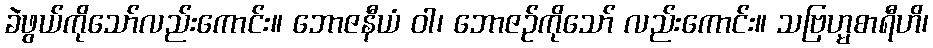
ခဲဖွယ်ကိုသော်လည်းကောင်း။ ဘောဇနီယံ ဝါ၊ ဘောဇဉ်ကိုသော် လည်းကောင်း။ သဗြဟ္မစာရီဟိ၊